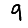
Digit: 9